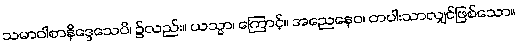
သမာဝါစာနိဒ္ဒေသေပိ၊ ၌လည်း။ ယသ္မာ၊ ကြောင့်။ အညေနေဝ၊ တပါးသာလျှင်ဖြစ်သော။